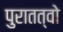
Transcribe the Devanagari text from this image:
पुरातत्वो